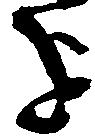
を